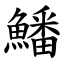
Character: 鱕